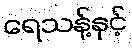
ရေသန့်နှင့်